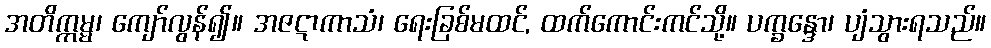
အတိက္ကမ္မ၊ ကျော်လွန်၍။ အဇဋာကာသံ၊ ရေးခြစ်မထင်, ထက်ကောင်းကင်သို့။ ပက္ခန္ဒော၊ ပျံသွားရသည်။